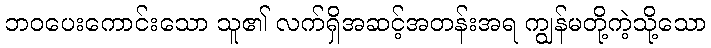
ဘဝပေးကောင်းသော သူ၏ လက်ရှိအဆင့်အတန်းအရ ကျွန်မတို့ကဲ့သို့သော